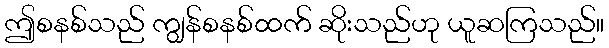
ဤစနစ်သည် ကျွန်စနစ်ထက် ဆိုးသည်ဟု ယူဆကြသည်။